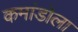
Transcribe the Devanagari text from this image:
कमांडोला